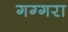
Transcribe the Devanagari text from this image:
गग्गरा